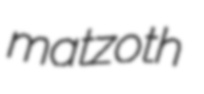
matzoth